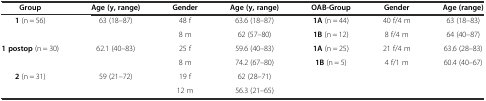
<table><thead><tr><td><b>Group</b></td><td><b>Age (y, range)</b></td><td><b>Gender</b></td><td><b>Age (y, range)</b></td><td><b>OAB-Group</b></td><td><b>Gender</b></td><td><b>Age (range)</b></td></tr></thead><tbody><tr><td rowspan="2"><b>1</b> (n = 56)</td><td rowspan="2">63 (18–87)</td><td>48 f</td><td>63.6 (18–87)</td><td><b>1A</b> (n = 44)</td><td>40 f/4 m</td><td>63 (18–83)</td></tr><tr><td>8 m</td><td>62 (57–80)</td><td><b>1B</b> (n = 12)</td><td>8 f/4 m</td><td>64 (40–87)</td></tr><tr><td rowspan="2"><b>1 postop</b> (n = 30)</td><td rowspan="2">62.1 (40–83)</td><td>25 f</td><td>59.6 (40–83)</td><td><b>1A</b> (n = 25)</td><td>21 f/4 m</td><td>63.6 (28–83)</td></tr><tr><td>8 m</td><td>74.2 (67–80)</td><td><b>1B</b> (n = 5)</td><td>4 f/1 m</td><td>60.4 (40–67)</td></tr><tr><td rowspan="2"><b>2</b> (n = 31)</td><td rowspan="2">59 (21–72)</td><td>19 f</td><td>62 (28–71)</td><td></td><td></td><td></td></tr><tr><td>12 m</td><td>56.3 (21–65)</td><td></td><td></td><td></td></tr></tbody></table>